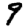
Digit: 9